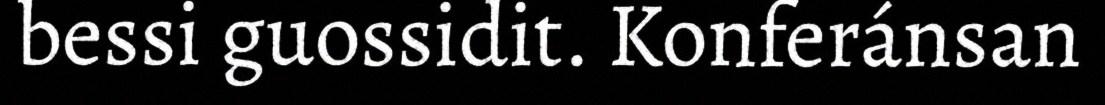
bessi guossidit. Konferánsan